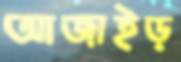
আজাইড়